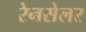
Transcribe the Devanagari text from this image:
रेनसेलर